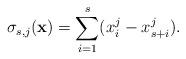
LaTeX: \begin{align*}\sigma_{s,j} (\mathbf{x}) = \sum_{i=1}^{s}(x_i^j - x_{s+i}^j).\end{align*}